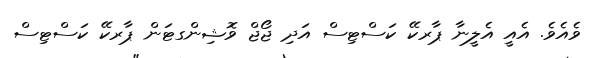
ވެއެވެ. އެެއީ އެލީނާ ޕާރކޭ ކަސްޓިސް އަދި ޖޯޖް ވޮޝިންގޓަން ޕާރކޭ ކަސްޓިސް